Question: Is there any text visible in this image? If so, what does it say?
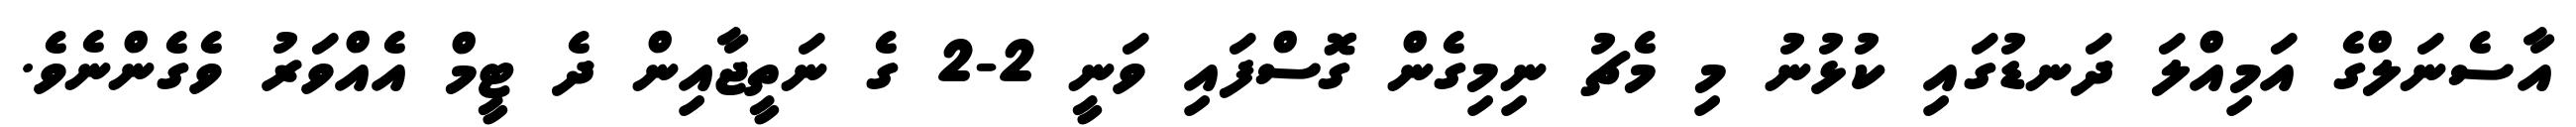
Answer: އާސެނަލްގެ އަމިއްލަ ދަނޑުގައި ކުޅުނު މި މެޗު ނިމިގެން ގޮސްފައި ވަނީ 2-2 ގެ ނަތީޖާއިން ދެ ޓީމް އެއްވަރު ވެގެންނެވެ.